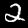
Digit: 2